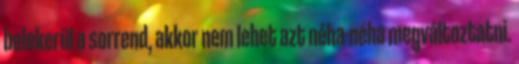
belekerül a sorrend, akkor nem lehet azt néha-néha megváltoztatni.